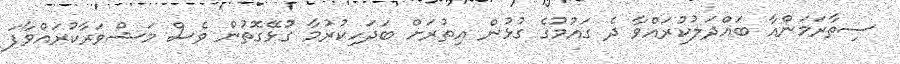
ސިތާރަމަންއާ ބައްދަލުކުރައްވާ ދެ ގައުމުގެ ގުޅުން އިތުރަށް ބަދަހިކުރުމާ ގުޅޭގޮތުން ވެސް މަޝްވަރާކުރައްވާފަ